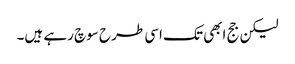
لیکن جج ابھی تک اسی طرح سوچ رہے ہیں۔